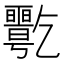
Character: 𠄋